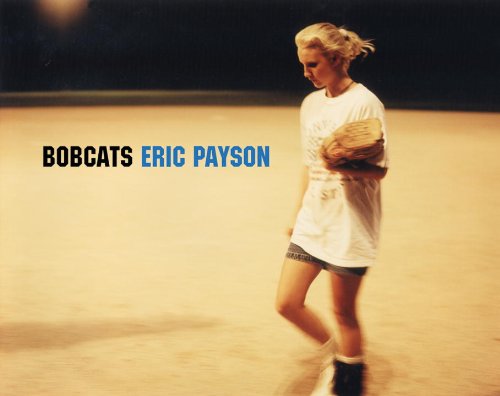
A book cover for Bobcats; Robert Sobieszek; Sports & Outdoors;